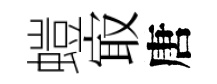
螘㝡唐